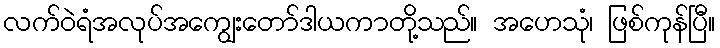
လက်ဝဲရံအလုပ်အကျွေးတော်ဒါယကာတို့သည်။ အဟေသုံ၊ ဖြစ်ကုန်ပြီ။